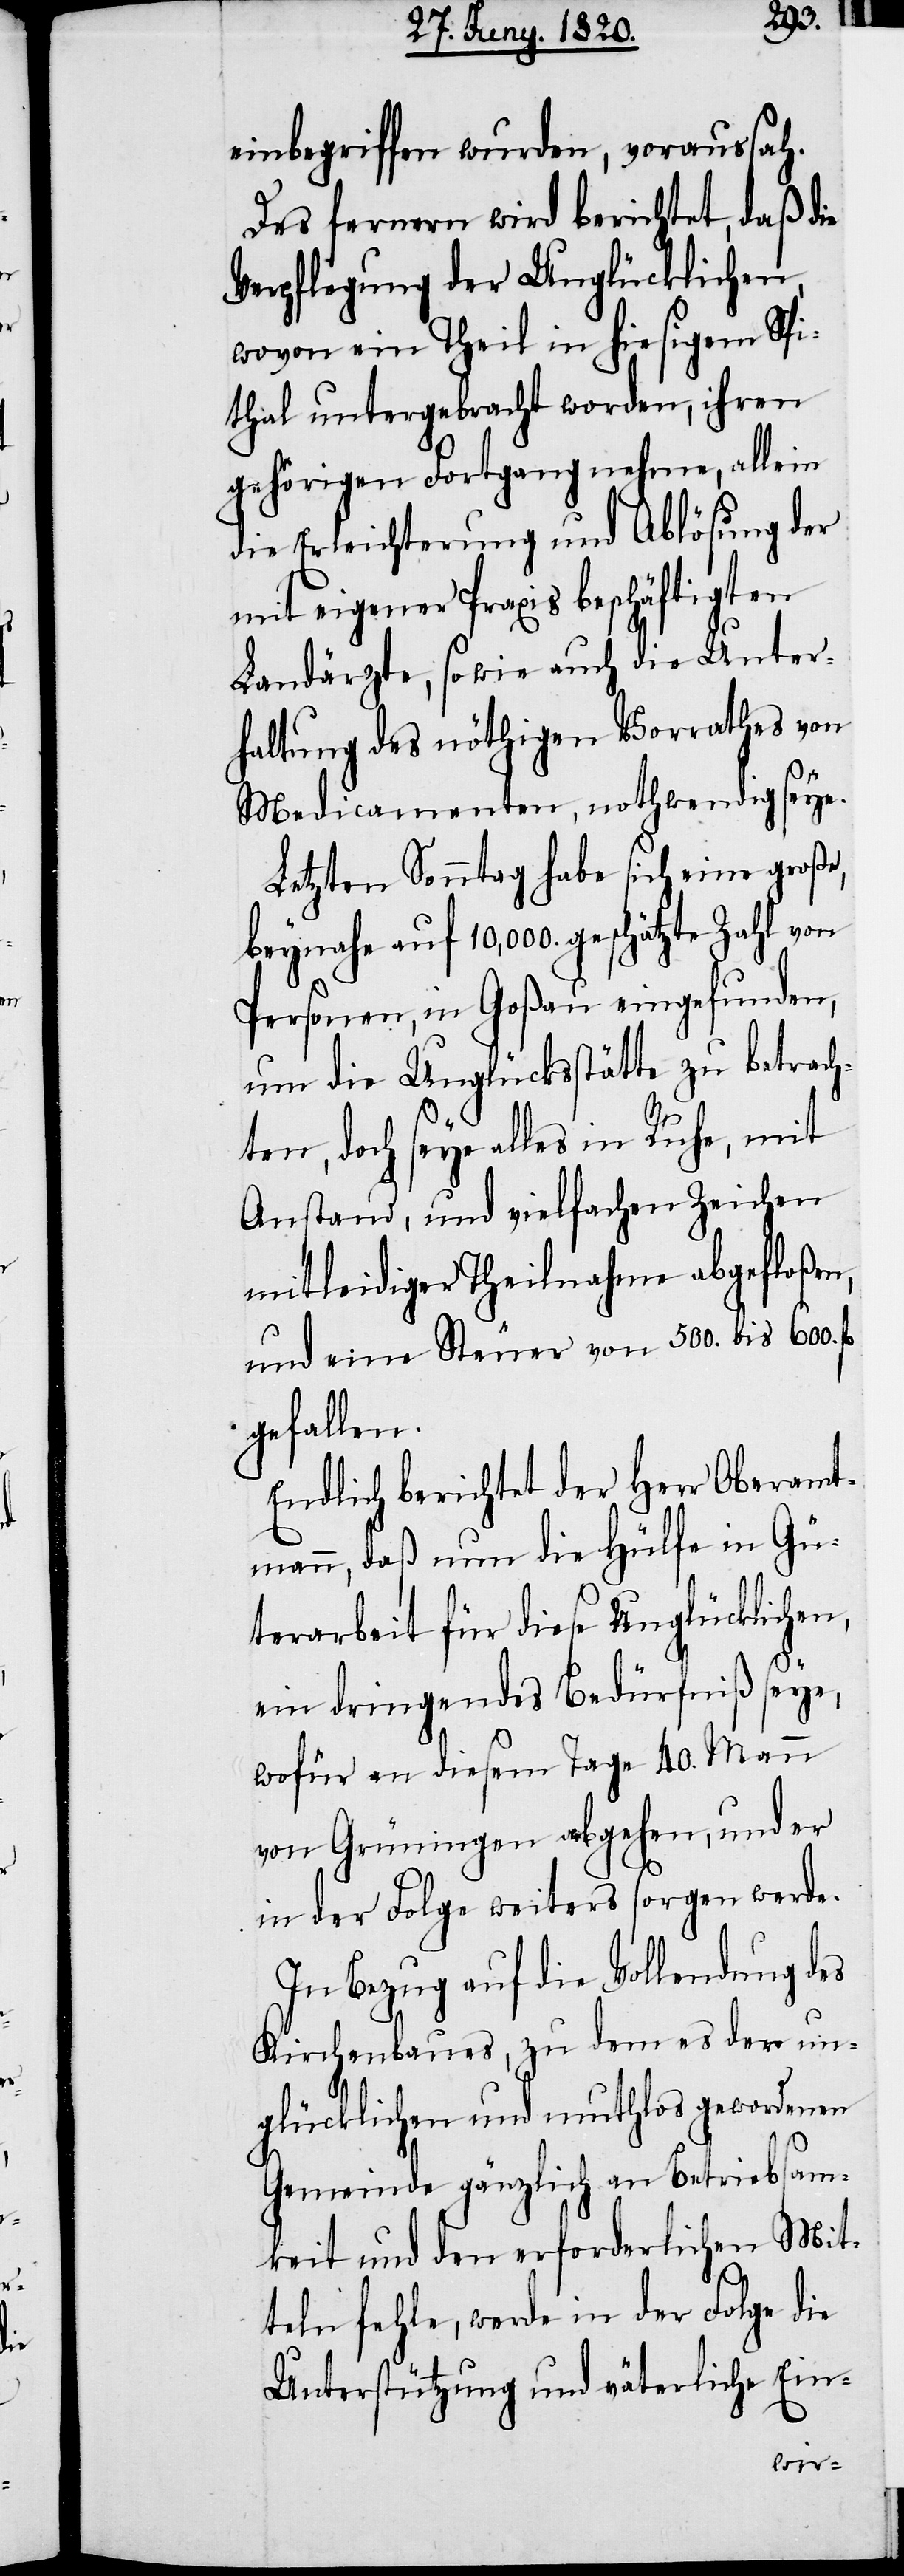
einbegriffen wurden, voraussah.
Des fernern wird berichtet, daß die
Verpflegung der Unglücklichen,
wovon ein Theil in hiesigem Spi¬
thal untergebracht worden, ihren
gehörigen Fortgang nehme, allein
die Erleichterung und Ablösung der
mit eigener Praxis beschäftigten
Landärzte, sowie auch die Unter¬
haltung des nöthigen Vorrathes von
Medicamenten, nothwendig seye.
Letzten Sonntag habe sich eine große,
beynahe auf 10,000. geschätzte Zahl von
Personen, in Goßau eingefunden,
um die Unglücksstätte zu betrach¬
ten, doch sey alles in Ruhe, mit
Anstand, und vielfachen Zeichen
mitleidiger Theilnahme abgefloßen,
und eine Steuer von 500. bis 600. fl
gefallen.
Endlich berichtet der Herr Oberamt¬
mann, daß nun die Hülfe in Gü¬
terarbeit für diese Unglücklichen,
ein dringendes Bedürfniß seye,
wofür an diesem Tage 40. Mann
von Grüningen abgehen, und er
in der Folge weiters sorgen werde.
In Bezug auf die Vollendung des
Kirchenbaues, zu dem es der un¬
glücklichen und muthlos gewordenen
Gemeinde gänzlich an Betriebsam¬
keit und den erforderlichen Mit¬
teln fehle, werde in der Folge die
Unterstützung und väterliche Ein-